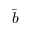
\bar { b }